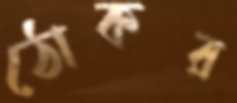
ঠোকর